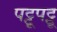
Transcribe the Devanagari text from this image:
पट्टूपट्टू